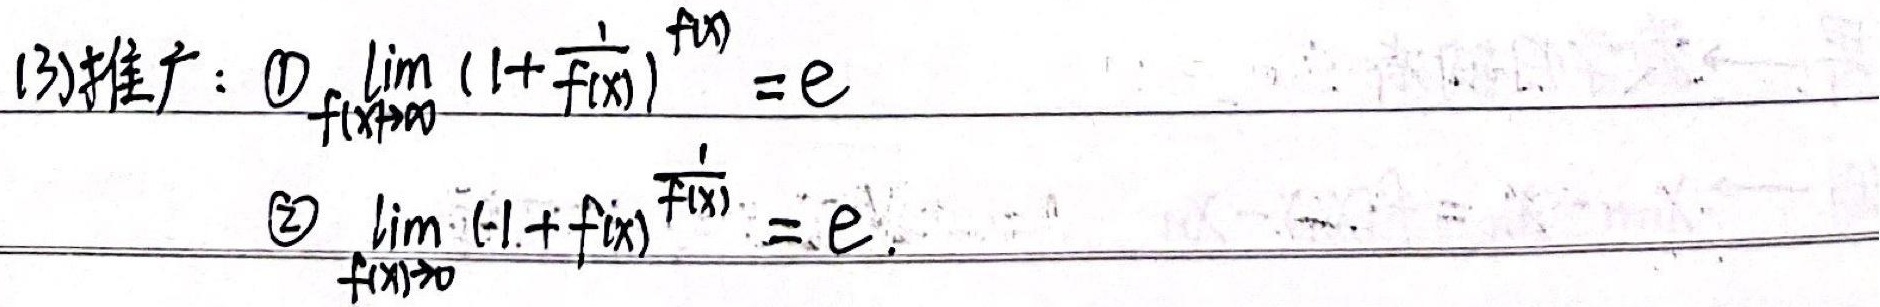
推广：
\textcircled{1} $\lim_{f(x)\to\infty} (1 + \frac{1}{f(x)})^{f(x)} = e$
\textcircled{2} $\lim_{f(x)\to 0} (1 + f(x))^{\frac{1}{f(x)}} = e$